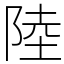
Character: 陸